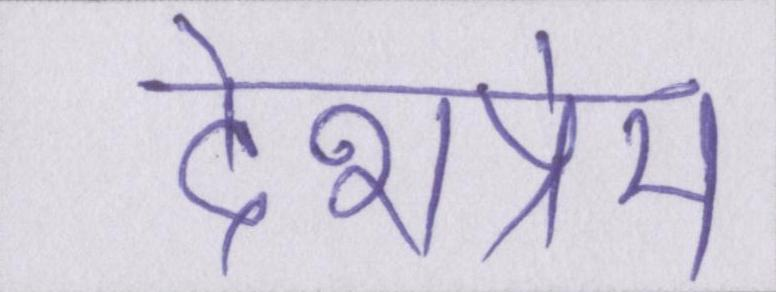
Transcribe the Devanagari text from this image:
देशप्रेम